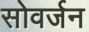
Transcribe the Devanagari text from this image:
सोवर्जन